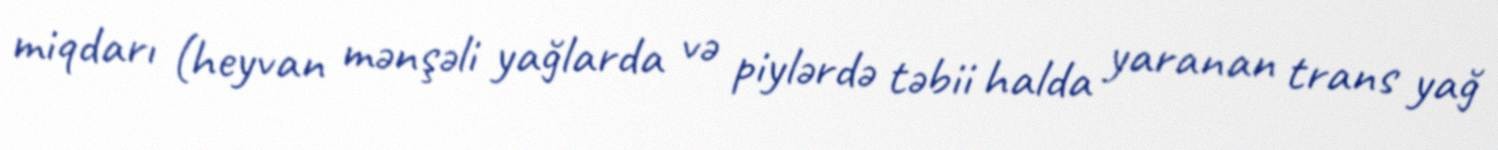
miqdarı (heyvan mənşəli yağlarda və piylərdə təbii halda yaranan trans yağ